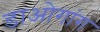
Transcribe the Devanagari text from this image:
डाओगांग